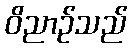
ဝိညာဉ်သည်